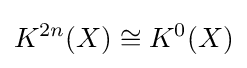
K^{2n}(X)\cong K^{0}(X)